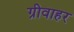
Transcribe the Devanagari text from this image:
ग्रीवाहर